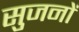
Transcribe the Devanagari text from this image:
सुजनों